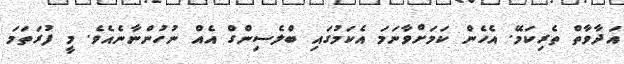
އަދާވާތް ތެރިކަމޭ. އެހެން ކަމަށްވާނަމަ އެކަމުގައި ބްލެސިންގް އެއް ނުހުންނާނެއެވެ. މީ ފުރަތަމަ